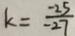
k = \frac { - 2 5 } { - 2 7 }